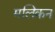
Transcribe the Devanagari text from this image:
मलिकन